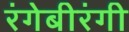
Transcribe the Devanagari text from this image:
रंगेबीरंगी